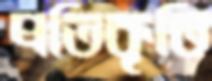
প্রতিকৃতি